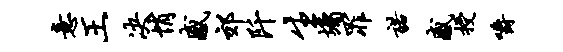
意王决悄感郊阡生墉罪诺感授嚼